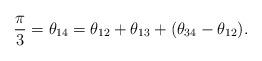
LaTeX: \begin{align*}\frac{\pi}{3} = \theta_{14}=\theta_{12} + \theta_{13} + (\theta_{34} - \theta_{12}).\end{align*}